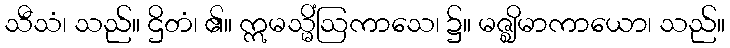
သီသံ၊ သည်။ ဌိတံ၊ ၏။ ဣမသ္မိံဩကာသေ၊ ၌။ မဇ္ဈိမာကာယော၊ သည်။